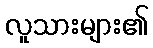
လူသားများ၏